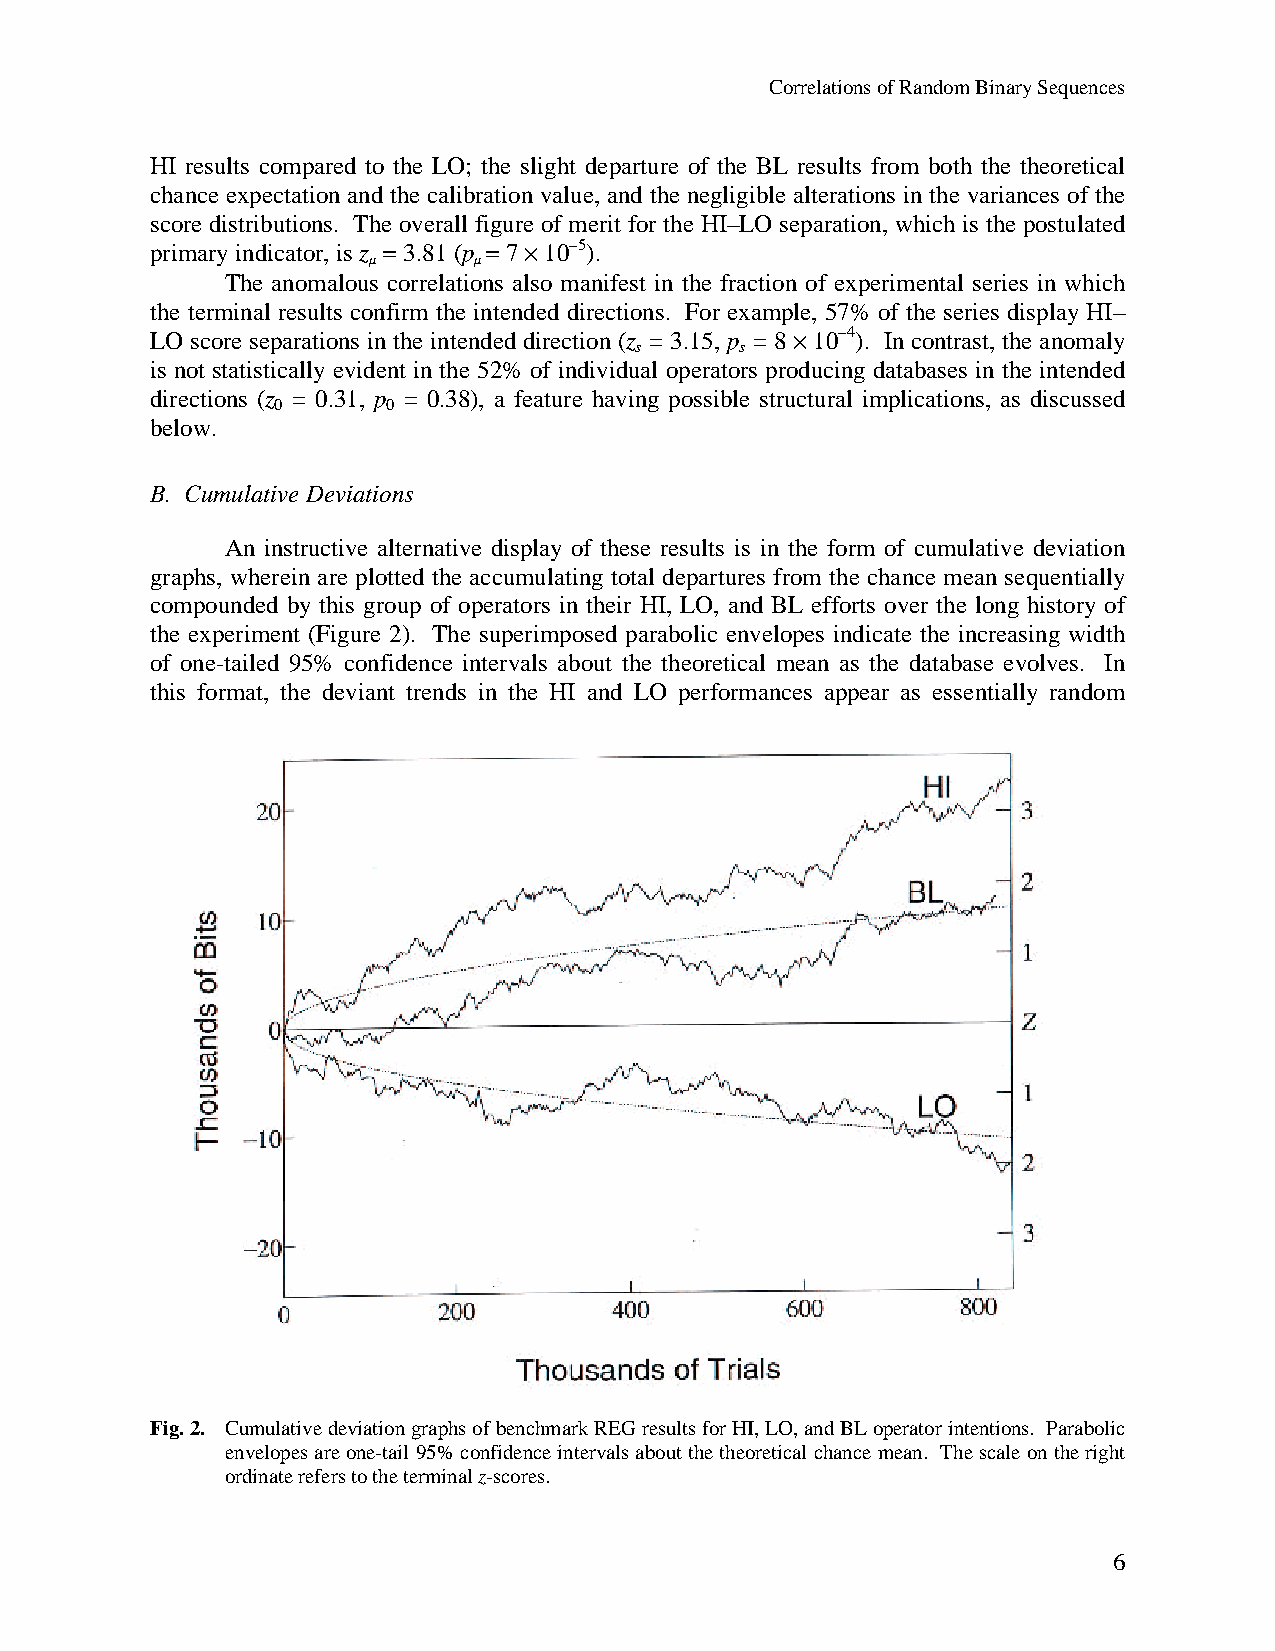
Correlations of Random Binary Sequences
 HI results compared to the LO; the slight departure of the BL results from both the theoretical
 chance expectation and the calibration value, and the negligible alterations in the variances of the
 score distributions. The overall figure of merit for the HI–LO separation, which is the postulated
 primary indicator, is z = 3.81 (p = 7 · 10–5).
 µ      µ
 The anomalous correlations also manifest in the fraction of experimental series in which
 the terminal results confirm the intended directions. For example, 57% of the series display HI–
 LO score separations in the intended direction (z = 3.15, p = 8 · 10–4). In contrast, the anomaly
 s      s
 is not statistically evident in the 52% of individual operators producing databases in the intended
 directions (z = 0.31, p = 0.38), a feature having possible structural implications, as discussed
 0       0
 below.
 B. Cumulative Deviations
 An instructive alternative display of these results is in the form of cumulative deviation
 graphs, wherein are plotted the accumulating total departures from the chance mean sequentially
 compounded by this group of operators in their HI, LO, and BL efforts over the long history of
 the experiment (Figure 2). The superimposed parabolic envelopes indicate the increasing width
 of one-tailed 95% confidence intervals about the theoretical mean as the database evolves. In
 this format, the deviant trends in the HI and LO performances appear as essentially random
 Fig. 2. Cumulative deviation graphs of benchmark REG results for HI, LO, and BL operator intentions. Parabolic
 envelopes are one-tail 95% confidence intervals about the theoretical chance mean. The scale on the right
 ordinate refers to the terminal z-scores.
 6